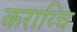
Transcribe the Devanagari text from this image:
कराय्चि